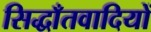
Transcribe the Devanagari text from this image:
सिद्धाँतवादियों